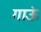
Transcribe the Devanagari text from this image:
गाऊं